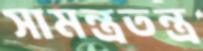
সামন্ত্রতন্ত্র